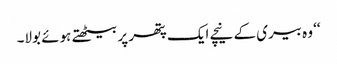
‘‘ وہ بیری کے نیچے ایک پتھر پر بیٹھتے ہوئے بولا۔